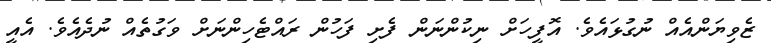
ޒެވިޔަންއެއް ނުގުޅައެވެ. އޮފީހަށް ނިކުންނަން ފެށި ފަހުން ރައްޓެހިންނަށް ވަގުތެއް ނުދެއެވެ. އެއީ